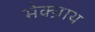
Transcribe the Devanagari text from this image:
मेक्ग्राथ